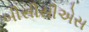
બીસીસીએસ